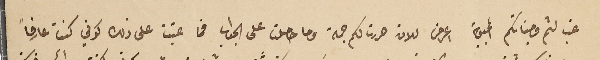
غب لثم وجناتكم المحبوبة اعرض للان حررت لكم جمة وما حصلت على الجواب فما عتبت على ذلك كوني كنت عارفاً